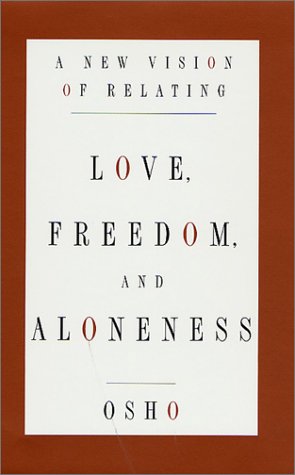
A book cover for Love, Freedom, and Aloneness : A New Vision of Relating; Osho; Self-Help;